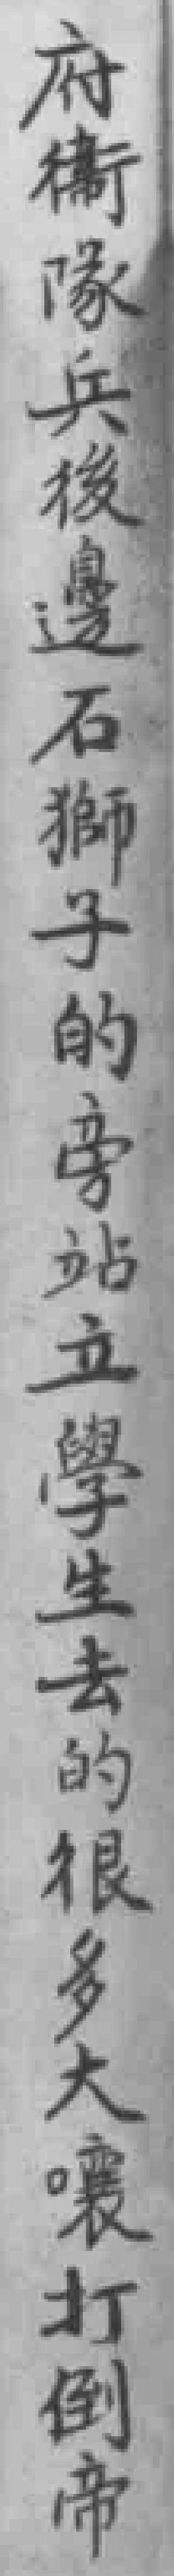
府衞隊兵後邊石獅子的旁站立學生去的很多大嚷打倒帝